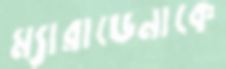
ম্যারাডেনাকে